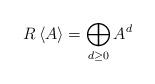
LaTeX: \begin{align*}R\left<A\right>=\bigoplus_{d\ge0} A^d\end{align*}